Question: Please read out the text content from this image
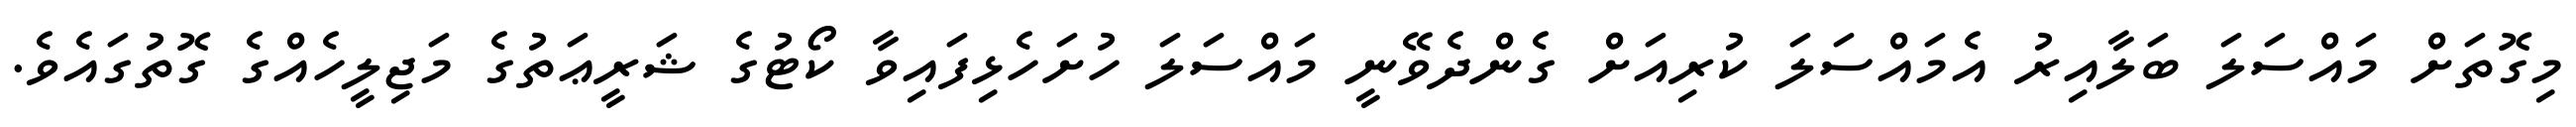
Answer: މިގޮތަށް މައްސަލަ ބަލާއިރު އެމައްސަލަ ކުރިއަށް ގެންދެވޭނީ މައްސަލަ ހުށަހެޅިފައިވާ ކޯޓުގެ ޝަރީޢަތުގެ މަޖިލީހެއްގެ ގޮތުގައެވެ.